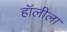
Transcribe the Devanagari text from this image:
हॉलीला